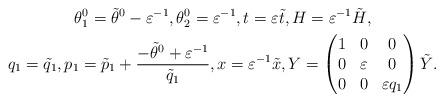
LaTeX: \begin{gather*} \theta^0_1=\tilde{\theta}^0-\varepsilon^{-1},\theta^0_2=\varepsilon^{-1},t=\varepsilon\tilde{t},H=\varepsilon^{-1}\tilde{H},\\ q_1=\tilde{q}_1,p_1=\tilde{p}_1+\frac{-\tilde{\theta}^0+\varepsilon^{-1}}{\tilde{q}_1}, x=\varepsilon^{-1}\tilde{x},Y=\begin{pmatrix}1 & 0 & 0 \\0 & \varepsilon & 0 \\0 & 0 & \varepsilon q_1\end{pmatrix}\tilde{Y}.\end{gather*}